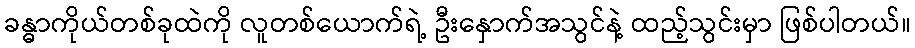
ခန္ဓာကိုယ်တစ်ခုထဲကို လူတစ်ယောက်ရဲ့ ဦးနှောက်အသွင်နဲ့ ထည့်သွင်းမှာ ဖြစ်ပါတယ်။